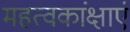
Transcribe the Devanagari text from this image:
महत्वकांक्षाएं